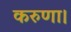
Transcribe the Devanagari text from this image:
करुणा।